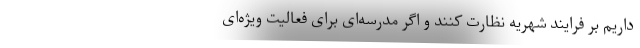
داریم بر فرایند شهریه نظارت کنند و اگر مدرسه‌ای برای فعالیت ویژه‌ای